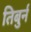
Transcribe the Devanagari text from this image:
तिबुर्न